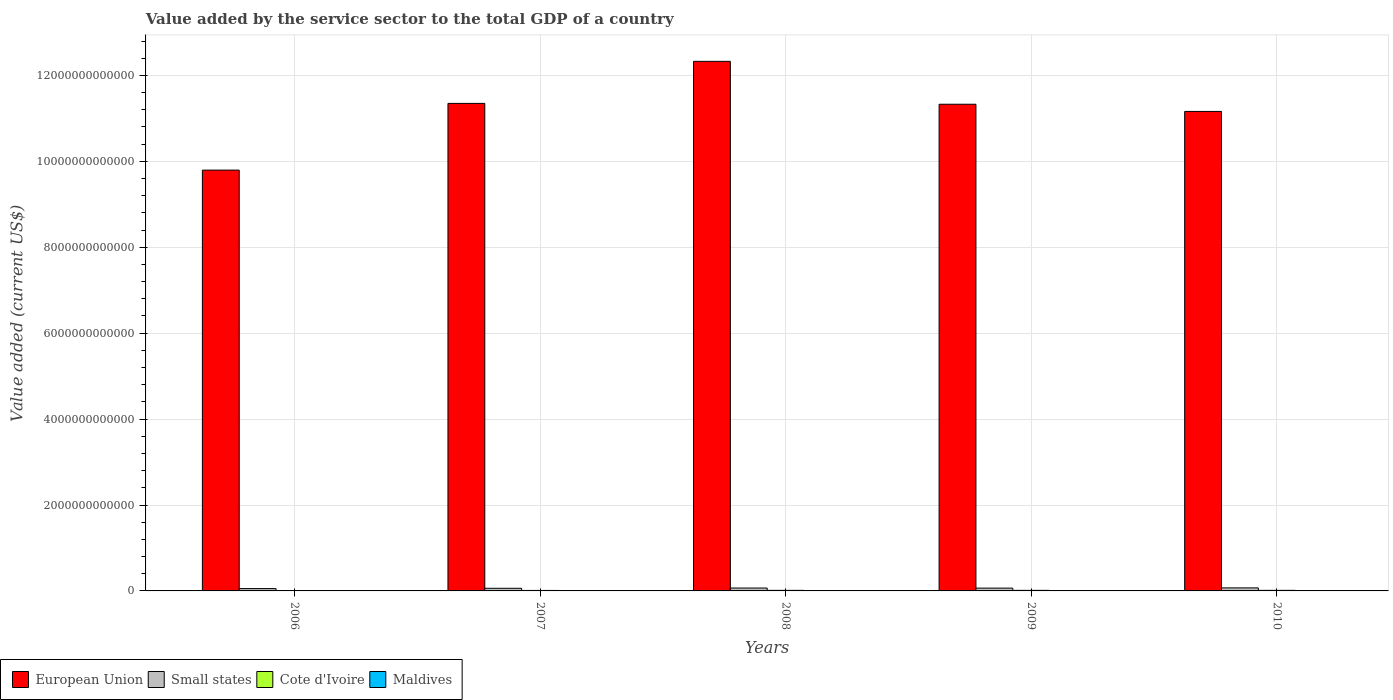
| Years | European Union | Small states | Cote d'Ivoire | Maldives |
 | --- | --- | --- | --- | --- |
 | 2006 | 9.8e+12 | 5.44e+10 | 9.58e+09 | 1.04e+09 |
 | 2007 | 1.13e+13 | 6.14e+10 | 1.11e+10 | 1.25e+09 |
 | 2008 | 1.23e+13 | 6.71e+10 | 1.28e+10 | 1.44e+09 |
 | 2009 | 1.13e+13 | 6.54e+10 | 1.3e+10 | 1.6e+09 |
 | 2010 | 1.12e+13 | 7.04e+10 | 1.32e+10 | 1.71e+09 |